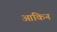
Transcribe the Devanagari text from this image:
आंकिन